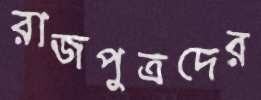
রাজপুত্রদের